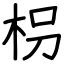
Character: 枴